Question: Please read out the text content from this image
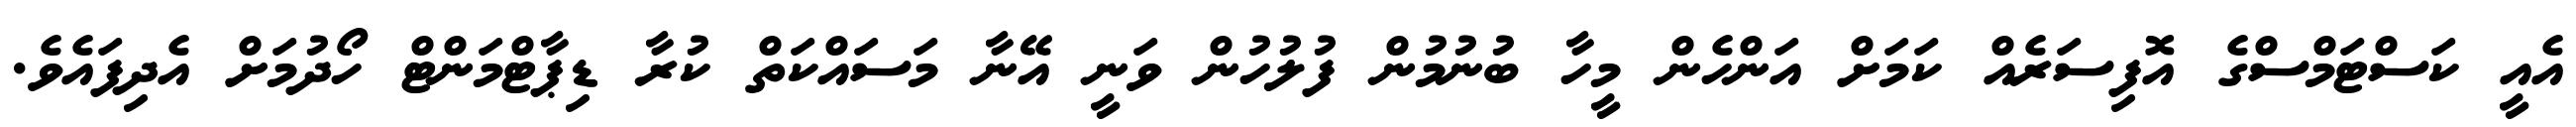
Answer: އެއީ ކަސްޓަމްސްގެ އޮފިސަރެއް ކަމަށް އަންހެން މީހާ ބުނުމުން ފުލުހުން ވަނީ އޭނާ މަސައްކަތް ކުރާ ޑިޕާޓްމަންޓް ހޯދުމަށް އެދިފައެވެ.